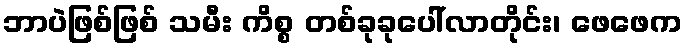
ဘာပဲဖြစ်ဖြစ် သမီး ကိစ္စ တစ်ခုခုပေါ်လာတိုင်း၊ ဖေဖေက